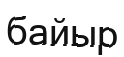
байыр